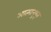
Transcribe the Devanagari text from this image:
आत्मानुभूत